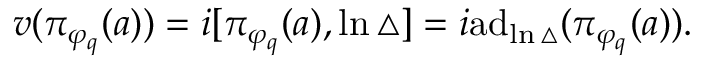
v ( \pi _ { \varphi _ { q } } ( a ) ) = i [ \pi _ { \varphi _ { q } } ( a ) , \ln \bigtriangleup ] = i \mathrm { a } \mathrm { d } _ { \ln \bigtriangleup } ( \pi _ { \varphi _ { q } } ( a ) ) .